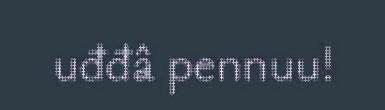
uđđâ pennuu!